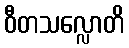
ဝီတသလ္လောတိ